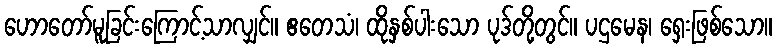
ဟောတော်မူခြင်းကြောင့်သာလျှင်။ ဧတေသံ၊ ထိုနှစ်ပါးသော ပုဒ်တို့တွင်။ ပဌမေန၊ ရှေးဖြစ်သော။